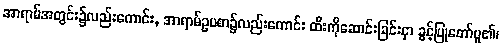
အာရာမ်အတွင်း၌လည်းကောင်း, အာရာမ်ဥပစာ၌လည်းကောင်း ထီးကိုဆောင်းခြင်းငှာ ခွင့်ပြုတော်မူ၏၊